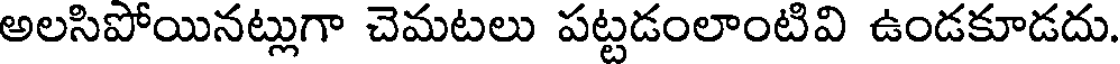
అలసిపోయినట్లుగా చెమటలు పట్టడంలాంటివి ఉండకూడదు.